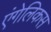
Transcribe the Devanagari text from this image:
एंगेलिकस